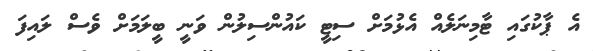
އެ ޕާކުގައި ޓާމިނަލެއް އެޅުމަށް ސިޓީ ކައުންސިލުން ވަނީ ބީލަމަށް ވެސް ލައިފަ